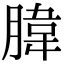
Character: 𦝛